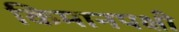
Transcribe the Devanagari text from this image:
किमानपक्षी